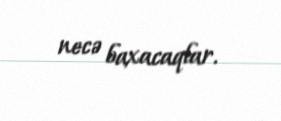
necə baxacaqlar.